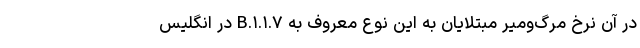
در آن نرخ مرگ‌ومیر مبتلایان به این نوع معروف به B.۱.۱.۷ در انگلیس